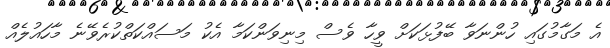
އެ މަގާމުގައި ހުންނަވާ ބޭފުޅަކަށް ވީހާ ވެސް މިނިވަންކަމާ އެކު މަސައްކަތްކުރެވޭނެ މާހައުލެއް